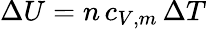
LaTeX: \Delta U=n\, c_{V,m}\, \Delta T